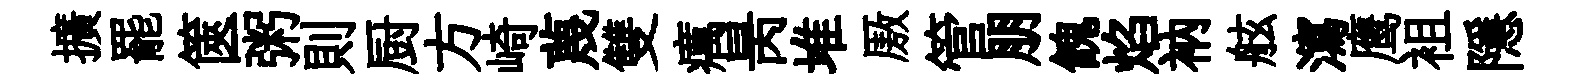
擴罷篋粥則厨方崎蔑雙癘昺堆厫管朋餽焰衲舷瀉鹰袓隱